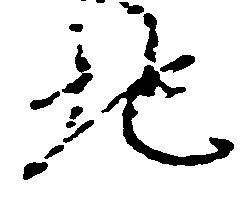
地